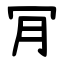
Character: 肎